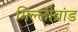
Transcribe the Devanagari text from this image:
गिल्लीब्रांड